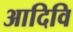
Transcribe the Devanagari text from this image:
आदिवि